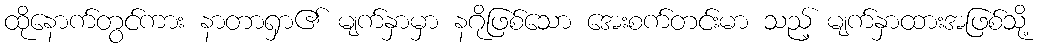
ထိုနောက်တွင်ကား နာတာရှာ၏ မျက်နှာမှာ နဂိုဖြစ်သော အေးစက်တင်းမာ သည့် မျက်နှာထားအဖြစ်သို့